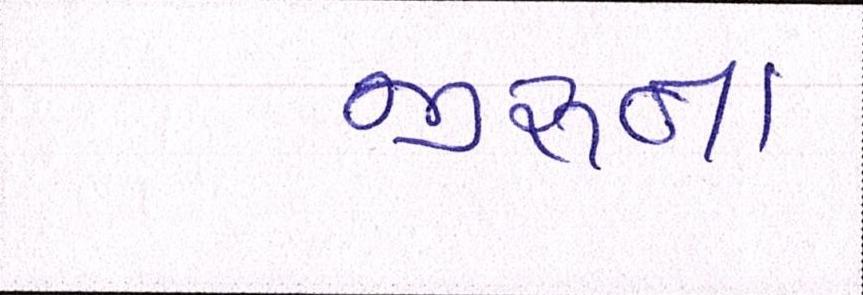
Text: જીરુના